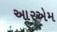
આરએમ